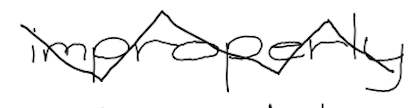
Text: improperly
Cross-out: zig-zag
Writing tool: digital_black